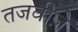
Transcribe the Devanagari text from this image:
तजवीज़ें